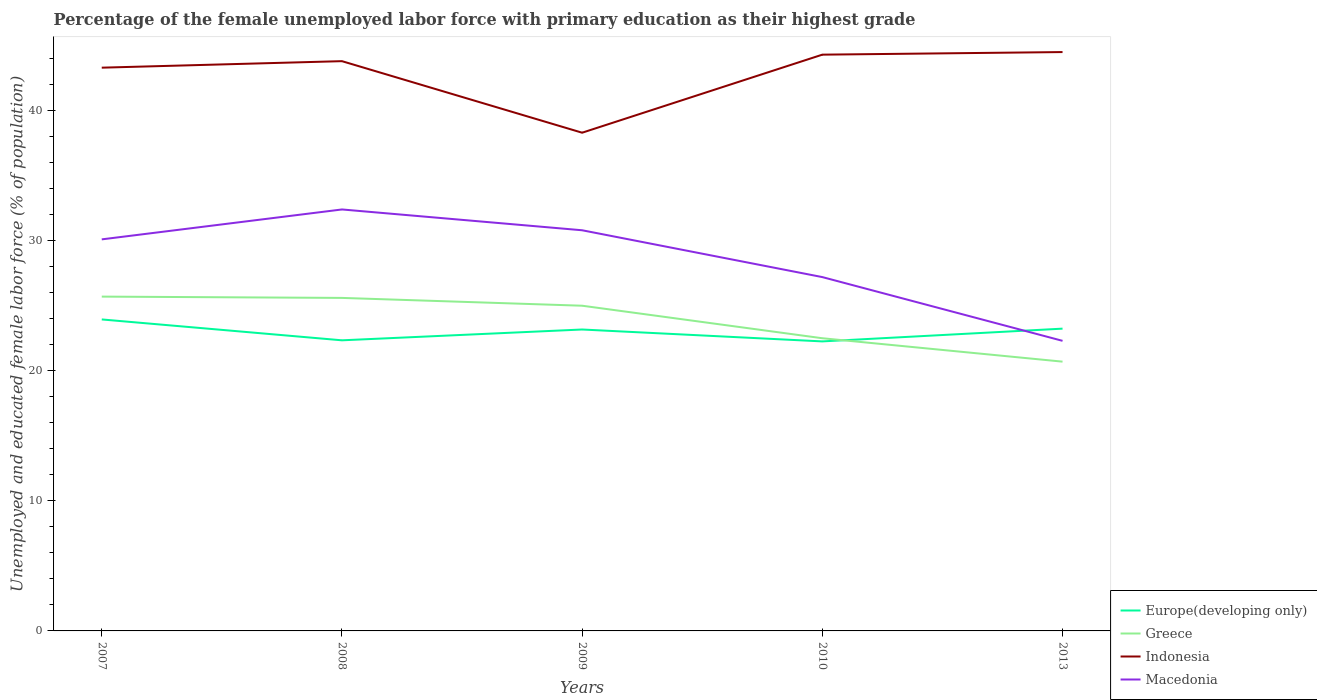
| Years | Europe(developing only) | Greece | Indonesia | Macedonia |
 | --- | --- | --- | --- | --- |
 | 2007 | 23.9 | 25.7 | 43.3 | 30.1 |
 | 2008 | 22.3 | 25.6 | 43.8 | 32.4 |
 | 2009 | 23.2 | 25 | 38.3 | 30.8 |
 | 2010 | 22.3 | 22.5 | 44.3 | 27.2 |
 | 2013 | 23.2 | 20.7 | 44.5 | 22.3 |